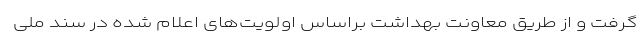
گرفت و از طریق معاونت بهداشت براساس اولویت‌های اعلام شده در سند ملی